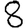
Digit: 8